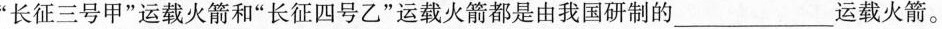
”长征三号甲”运载火箭和”长征四号乙”运载火箭都是由我国研制的___运载火箭。